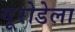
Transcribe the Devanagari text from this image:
यूरोडेला